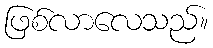
ဖြစ်လာလေသည်။